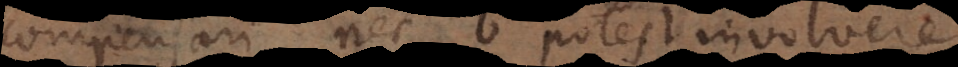
compensari, nec b potest involvere